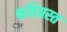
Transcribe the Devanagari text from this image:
क्षतिग्रस्‍त